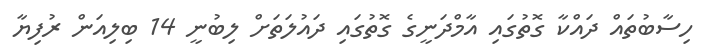
ހިސާބުތައް ދައްކާ ގޮތުގައި އާމްދަނީގެ ގޮތުގައި ދައުލަތަށް ލިބުނީ 14 ބިލިއަން ރުފިޔާ